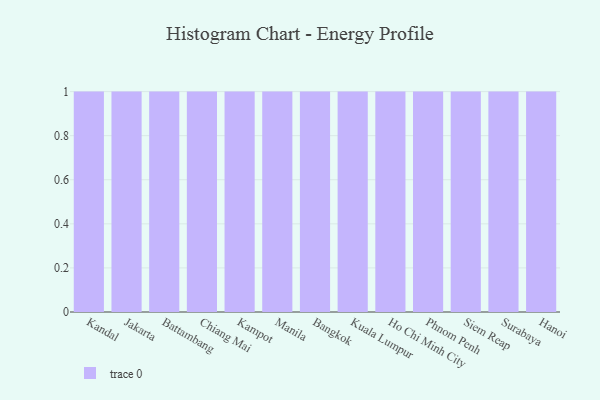
{"axis": {"x": "City", "y": "Conversion Rate (%)"}, "legend": [""], "data": [{"x": "Kandal", "y": 48, "type": ""}, {"x": "Jakarta", "y": 62, "type": ""}, {"x": "Battambang", "y": 45, "type": ""}, {"x": "Chiang Mai", "y": 95, "type": ""}, {"x": "Kampot", "y": 35, "type": ""}, {"x": "Manila", "y": 84, "type": ""}, {"x": "Bangkok", "y": 87, "type": ""}, {"x": "Kuala Lumpur", "y": 37, "type": ""}, {"x": "Ho Chi Minh City", "y": 81, "type": ""}, {"x": "Phnom Penh", "y": 56, "type": ""}, {"x": "Siem Reap", "y": 31, "type": ""}, {"x": "Surabaya", "y": 29, "type": ""}, {"x": "Hanoi", "y": 6, "type": ""}]}